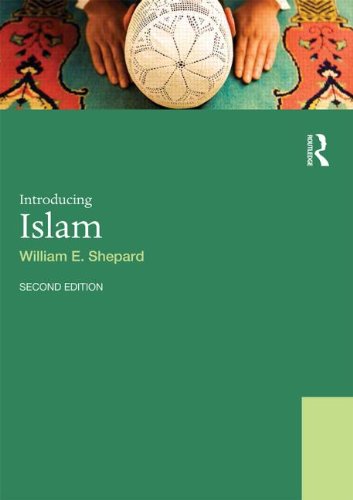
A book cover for Introducing Islam (World Religions); William E. Shepard; Religion & Spirituality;